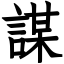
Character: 謀